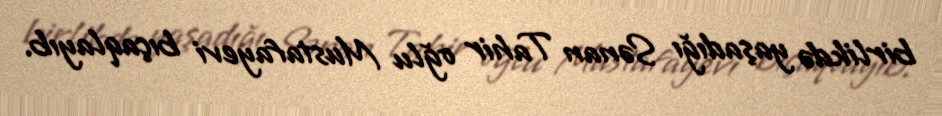
birlikdə yaşadığı Sənan Tahir oğlu Mustafayevi bıçaqlayıb.